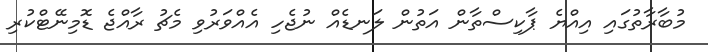
މުބާރާތުގައި އިއްޔެ ޕާކިސްތާން އަތުން ލަނޑެއް ނުޖެހި އެއްވަރުވި މެޗު ރާއްޖެ ޑޮމިނޭޓްކުރި